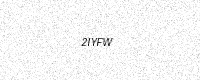
Text: 2IYFW